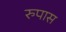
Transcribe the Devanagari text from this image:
रुपास